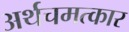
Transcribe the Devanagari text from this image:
अर्थचमत्कार